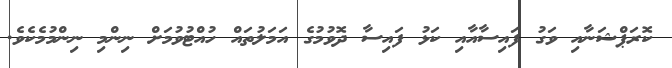
ކޮރަޕްޝަނާއި ވަގު ފައިސާއާއި ކަޅު ފައިސާ ދޮވުމުގެ އަމަލުތައް ހުއްޓުވުމަށް ނިންމި ނިންމުމެކެވެ.